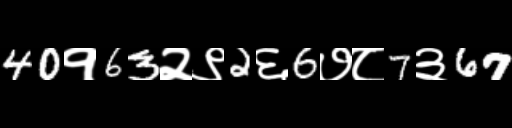
Text: 40१63२९2६6७८7३67